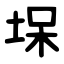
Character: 㙅